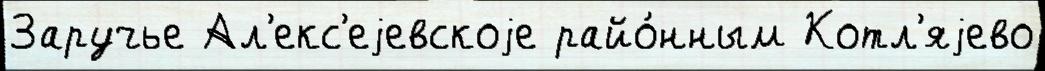
Заручье Ал'екс'еjевскоjе райо́нным Котл'яjево